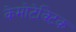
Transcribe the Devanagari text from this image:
केमोटेक्टिक